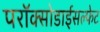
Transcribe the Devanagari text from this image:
परॉक्सोडाईसल्फेट